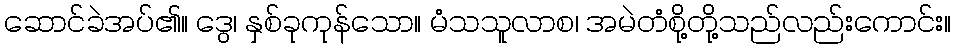
ဆောင်ခဲအပ်၏။ ဒွေ၊ နှစ်ခုကုန်သော။ မံသသူလာစ၊ အမဲတံစို့တို့သည်လည်းကောင်း။